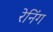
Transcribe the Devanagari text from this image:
रेनिंग